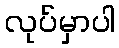
လုပ်မှာပါ